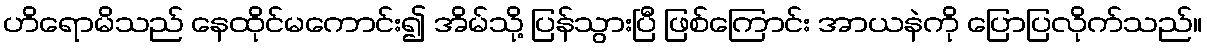
ဟိရောမိသည် နေထိုင်မကောင်း၍ အိမ်သို့ ပြန်သွားပြီ ဖြစ်ကြောင်း အာယနဲကို ပြောပြလိုက်သည်။